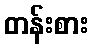
တန်းစား